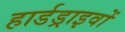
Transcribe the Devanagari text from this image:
हार्डड्राइवों